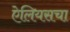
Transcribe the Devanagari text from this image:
ऐलियसचा